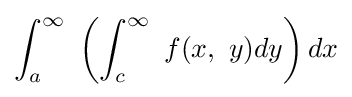
\int _{a}^{\infty }\ \left(\int _{c}^{\infty }\ f(x,\ y)dy\right)dx